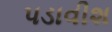
પડાવીશ